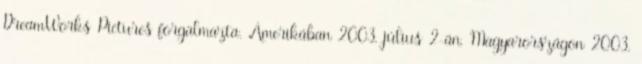
DreamWorks Pictures forgalmazta. Amerikában 2003. július 2-án, Magyarországon 2003.